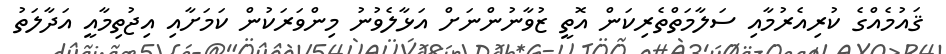
ޤައުމެއްގެ ކުރިއެރުމާއި ސަލާމަތްތެރިކަން އޮތީ ޒުވާނުންނަށް އަޅާލެވުނު މިންވަރަކުން ކަމަށާއި އިޖުތިމާއީ އަދާލަތު